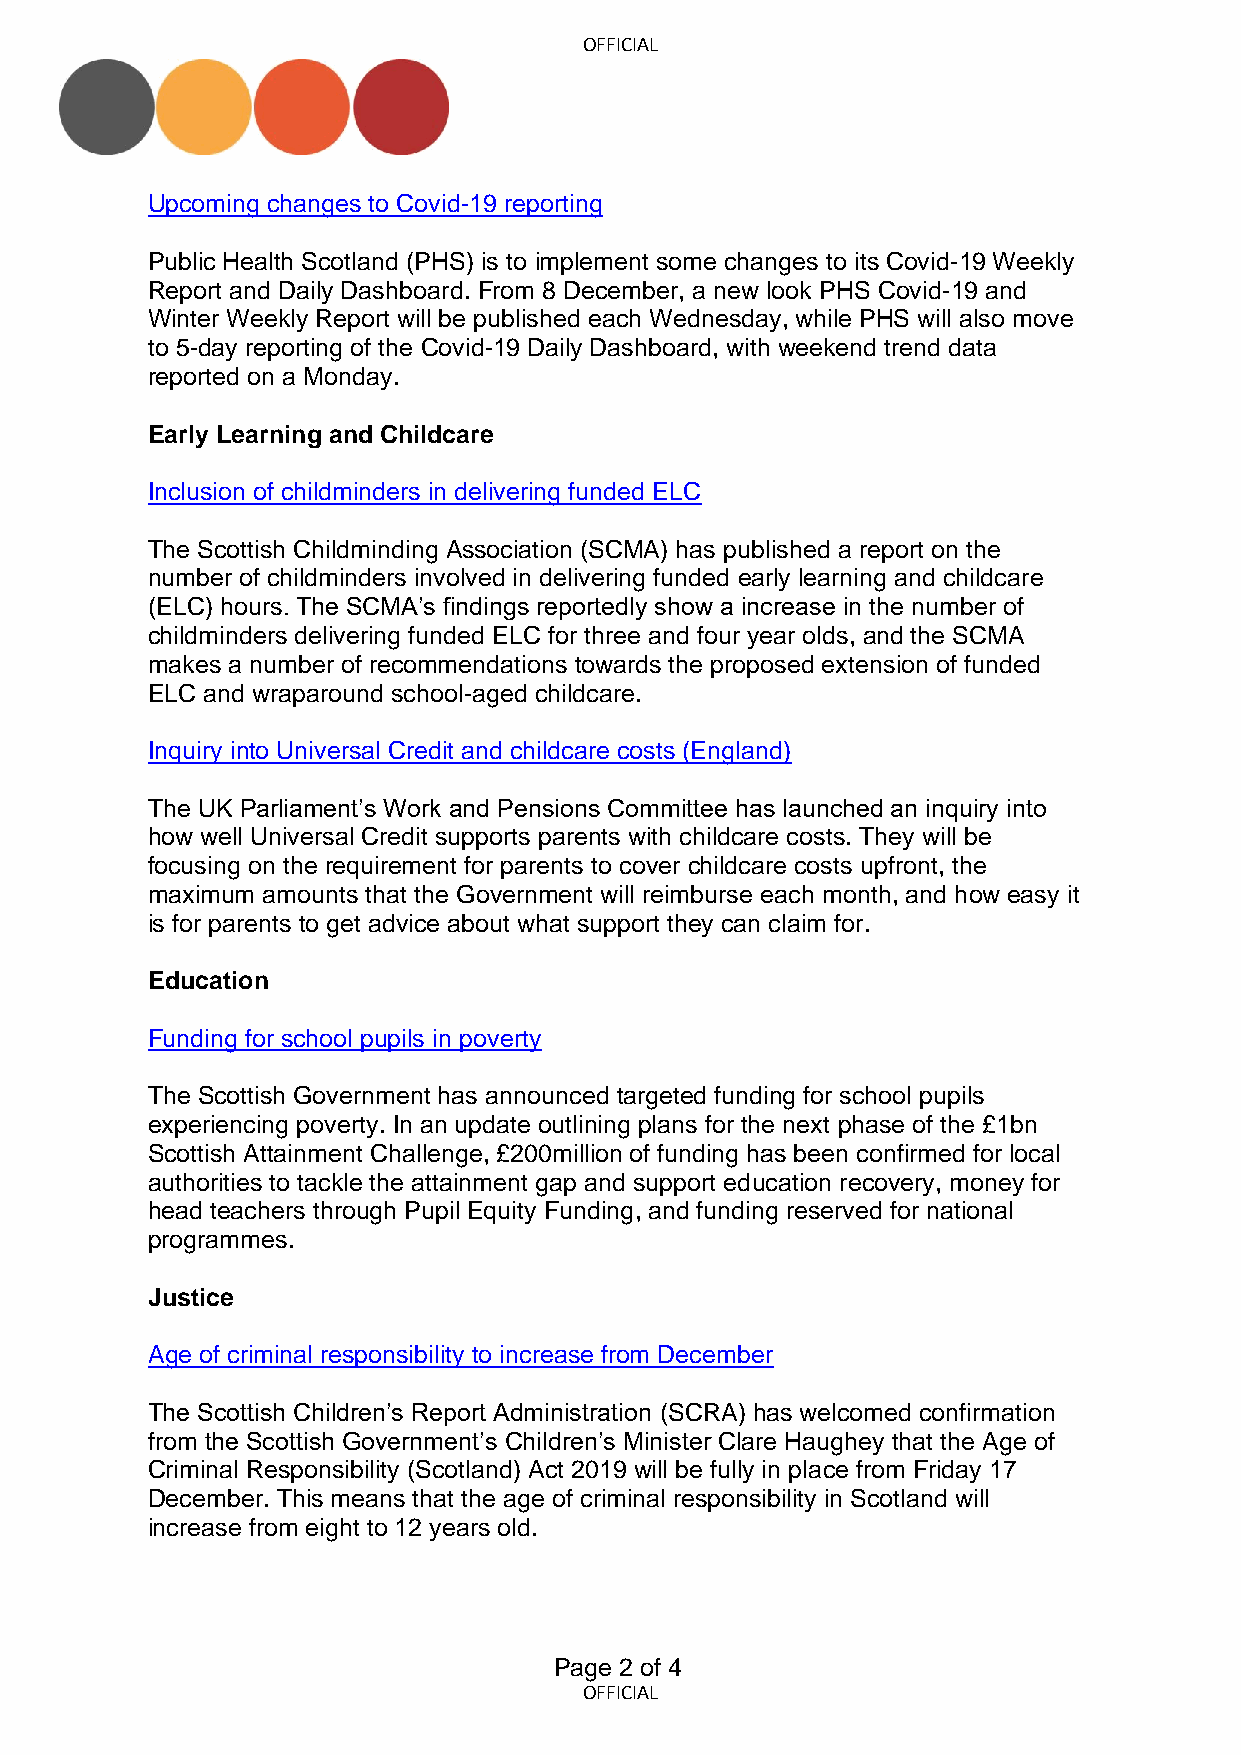
OFFICIAL
 Upcoming changes to Covid-19 reporting
 Public Health Scotland (PHS) is to implement some changes to its Covid-19 Weekly
 Report and Daily Dashboard. From 8 December, a new look PHS Covid-19 and
 Winter Weekly Report will be published each Wednesday, while PHS will also move
 to 5-day reporting of the Covid-19 Daily Dashboard, with weekend trend data
 reported on a Monday.
 Early Learning and Childcare
 Inclusion of childminders in delivering funded ELC
 The Scottish Childminding Association (SCMA) has published a report on the
 number of childminders involved in delivering funded early learning and childcare
 (ELC) hours. The SCMA’s findings reportedly show a increase in the number of
 childminders delivering funded ELC for three and four year olds, and the SCMA
 makes a number of recommendations towards the proposed extension of funded
 ELC and wraparound school-aged childcare.
 Inquiry into Universal Credit and childcare costs (England)
 The UK Parliament’s Work and Pensions Committee has launched an inquiry into
 how well Universal Credit supports parents with childcare costs. They will be
 focusing on the requirement for parents to cover childcare costs upfront, the
 maximum amounts that the Government will reimburse each month, and how easy it
 is for parents to get advice about what support they can claim for.
 Education
 Funding for school pupils in poverty
 The Scottish Government has announced targeted funding for school pupils
 experiencing poverty. In an update outlining plans for the next phase of the £1bn
 Scottish Attainment Challenge, £200million of funding has been confirmed for local
 authorities to tackle the attainment gap and support education recovery, money for
 head teachers through Pupil Equity Funding, and funding reserved for national
 programmes.
 Justice
 Age of criminal responsibility to increase from December
 The Scottish Children’s Report Administration (SCRA) has welcomed confirmation
 from the Scottish Government’s Children’s Minister Clare Haughey that the Age of
 Criminal Responsibility (Scotland) Act 2019 will be fully in place from Friday 17
 December. This means that the age of criminal responsibility in Scotland will
 increase from eight to 12 years old.
 Page 2 of 4
 OFFICIAL